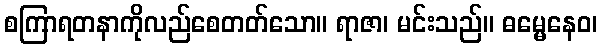
စကြာရတနာကိုလည်စေတတ်သော။ ရာဇာ၊ မင်းသည်။ ဓမ္မေနေဝ၊